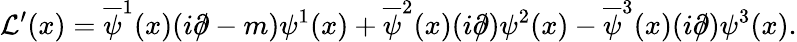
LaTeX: {\cal L}^{\prime}(x)=\overline{{{\psi}}}^{1}(x)(i\partial\! \! \! /-m)\psi^{1}(x)+\overline{{{\psi}}}^{2}(x)(i\partial\! \! \! /)\psi^{2}(x)-\overline{{{\psi}}}^{3}(x)(i\partial\! \! \! /)\psi^{3}(x).